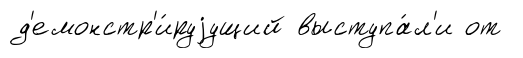
д'емонстр'и́руjущий выступа́л'и от